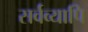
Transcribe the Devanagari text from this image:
सर्वव्यापि